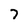
Character: 7